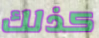
كذلك